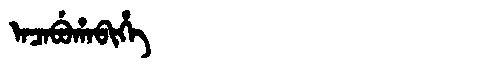
Manchu: ᠠᠴᠠᠪᡠᡥᠠᠪᡳᡥᡝ
Romanization: ACABUHABIHE